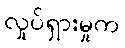
လှုပ်ရှားမှုက